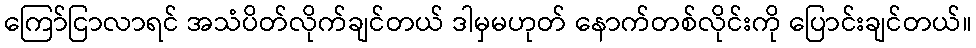
ကြော်ငြာလာရင် အသံပိတ်လိုက်ချင်တယ် ဒါမှမဟုတ် နောက်တစ်လိုင်းကို ပြောင်းချင်တယ်။